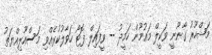
މަޝްހޫރު ގާނޫނީ ވަކީލް މައުމޫން ހަމީދު -- ވީފައިލް ފޮޓޯ ހަވާލުކުރެއްވި މަސްއޫލިއްޔަތު